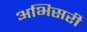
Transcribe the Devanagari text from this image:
अभिसरी